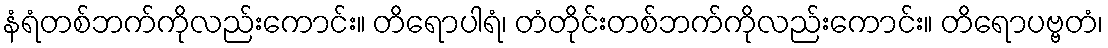
နံရံတစ်ဘက်ကိုလည်းကောင်း။ တိရောပါရံ၊ တံတိုင်းတစ်ဘက်ကိုလည်းကောင်း။ တိရောပဗ္ဗတံ၊